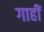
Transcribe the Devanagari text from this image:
गाहीं